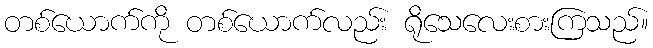
တစ်ယောက်ကို တစ်ယောက်လည်း ရိုသေလေးစားကြသည်။